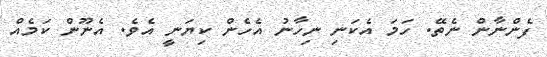
ފެންނާން ނެތޭ. ހަމަ އެކަނި ނިހާނު އެހެން ކިޔަނީ އެވެ. އެނޫން ކަމެއް